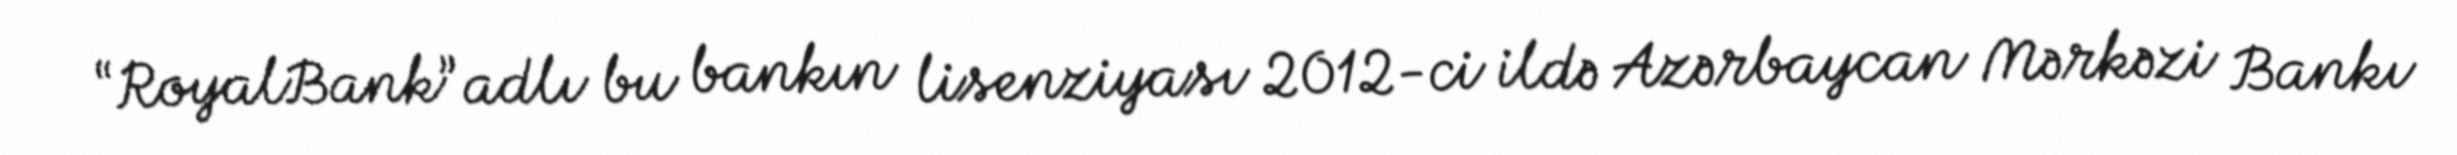
“RoyalBank” adlı bu bankın lisenziyası 2012-ci ildə Azərbaycan Mərkəzi Bankı